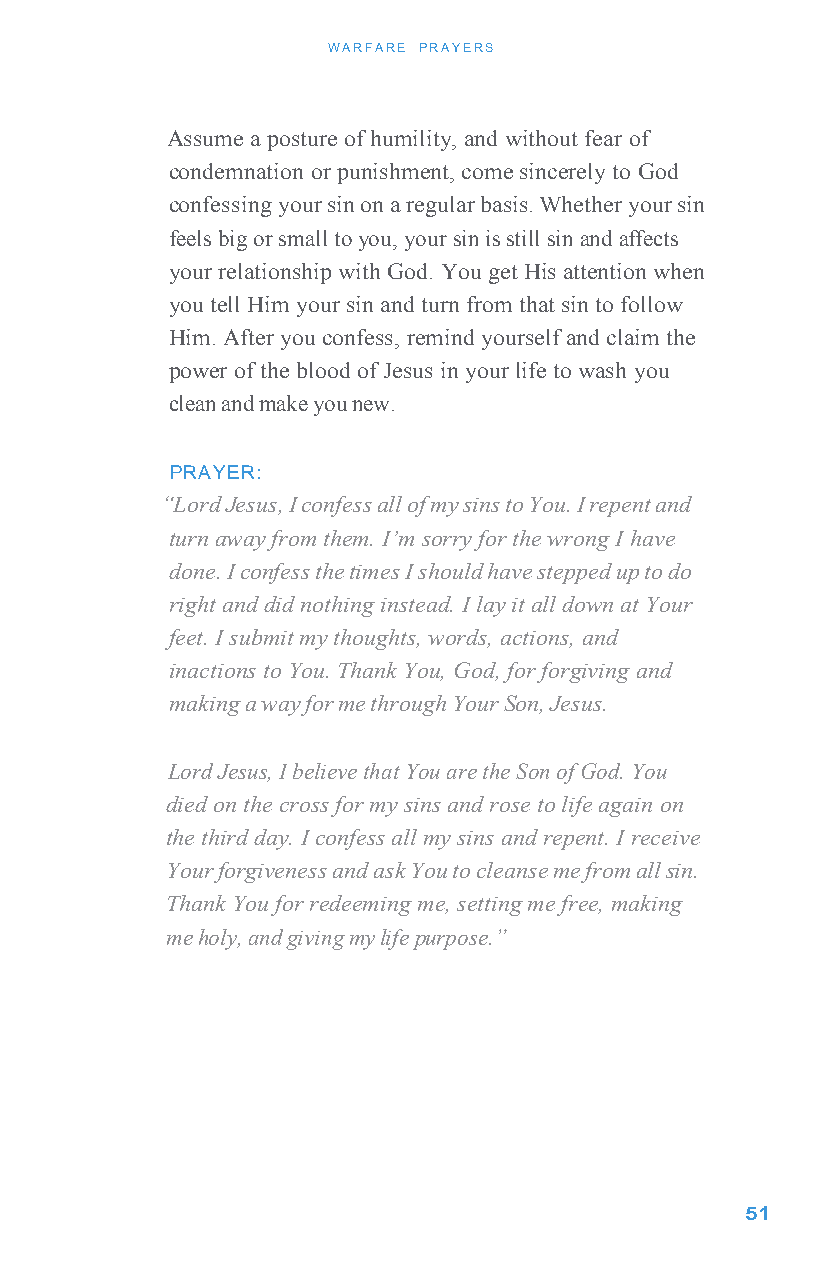
WARFARE PRAYERS
 Assume a posture of humility, and without fear of
 condemnation or punishment, come sincerely to God
 confessing your sin on a regular basis. Whether your sin
 feels big or small to you, your sin is still sin and affects
 your relationship with God. You get His attention when
 you tell Him your sin and turn from that sin to follow
 Him. After you confess, remind yourself and claim the
 power of the blood of Jesus in your life to wash you
 clean and make you new.
 PRAYER:
 “Lord Jesus, I confess all of my sins to You. I repent and
 turn away from them. I’m sorry for the wrong I have
 done. I confess the times I should have stepped up to do
 right and did nothing instead. I lay it all down at Your
 feet. I submit my thoughts, words, actions, and
 inactions to You. Thank You, God, for forgiving and
 making a way for me through Your Son, Jesus.
 Lord Jesus, I believe that You are the Son of God. You
 died on the cross for my sins and rose to life again on
 the third day. I confess all my sins and repent. I receive
 Your forgiveness and ask You to cleanse me from all sin.
 Thank You for redeeming me, setting me free, making
 me holy, and giving my life purpose.”
 51